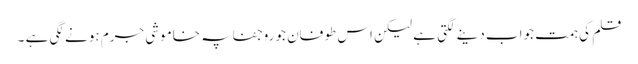
قلم کی ہمت جواب دینے لگتی ہے لیکن اس طوفان جو روجفاپہ خاموشی جرم ہونے لگی ہے ۔